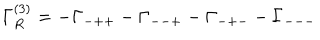
LaTeX: \Gamma _ { R } ^ { ( 3 ) } = - \Gamma _ { - + + } - \Gamma _ { -- + } - \Gamma _ { - + - } - \Gamma _ { --- } \hspace { . 2 i n } .